Vaccination in Bombay 1869-1873 - 1869-1873
Year: 1869
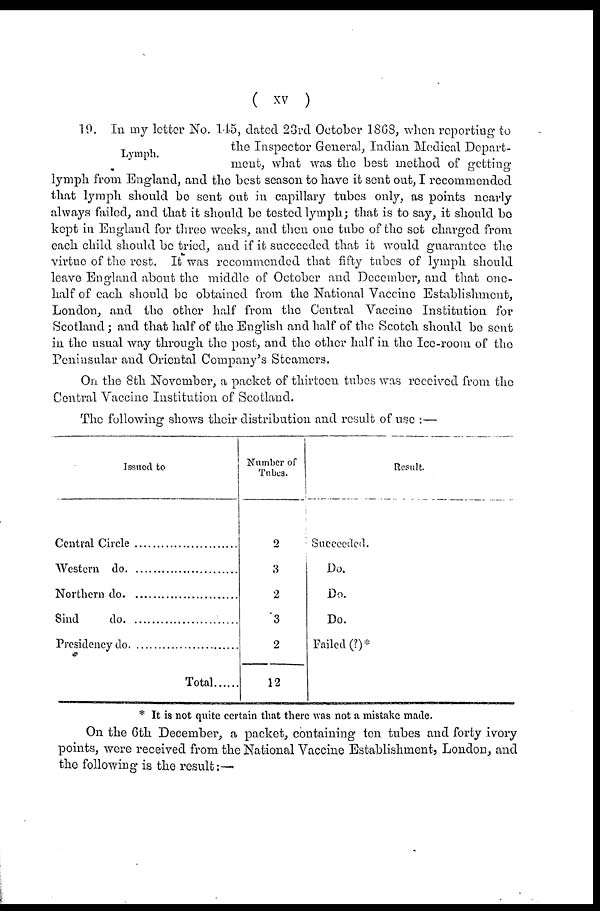
( xv )
Lymph.
19. In my letter No. 145, dated 23rd October 1868, when reporting to
the Inspector General, Indian Medical Depart-
ment, what was the best method of getting
lymph from England, and the best season to have it sent out, I recommended
that lymph should be sent out in capillary tubes only, as points nearly
always failed, and that it should be tested lymph; that is to say, it should be
kept in England for three weeks, and then one tube of the set charged from
each child should be tried, and if it succeeded that it would guarantee the
virtue of the rest. It was recommended that fifty tubes of lymph should
leave England about the middle of October and December, and that one-
half of each should be obtained from the National Vaccine Establishment,
London, and the other half from the Central Vaccine Institution for
Scotland; and that half of the English and half of the Scotch should be sent
in the usual way through the post, and the other half in the Ice-room of the
Peninsular and Oriental Company's Steamers.
On the 8th November, a packet of thirteen tubes was received from the
Central Vaccine Institution of Scotland.
The following shows their distribution and result of use :—
Issued to
Central circle .................................
Western do. .................................
Northern do. ...............................
Sind do. ...................................
Presidency do. .........................
Total......
Number of
Tubes.
2
3
2
3
2
12
Result.
Succeeded.
Do.
Do.
Do.
Failed (?)*
* It is not quite certain that there was not a mistake made.
On the 6th December, a packet, containing ten tubes and forty ivory
points, were received from the National Vaccine Establishments London, and
the following is the result:—